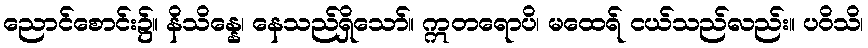
ညောင်စောင်း၌။ နိသိန္နေ၊ နေသည်ရှိသော်။ ဣတရောပိ၊ မထေရ် ငယ်သည်လည်း။ ပဝိသိ၊